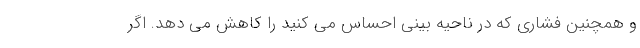
و همچنین فشاری که در ناحیه بینی احساس می کنید را کاهش می دهد. اگر